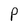
Character: P